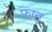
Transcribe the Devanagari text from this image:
फातु